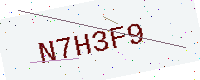
Text: N7H3F9